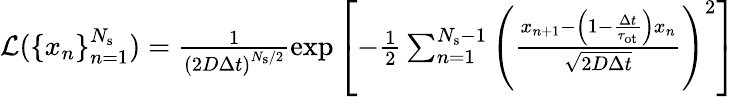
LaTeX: \begin{array}{r}{\mathcal{L}(\{ x_{n}\} _{n=1}^{N_{\mathrm{s}}})=\frac{1}{\left(2D\Delta t\right)^{N_{\mathrm{s}}/2}}\exp\left[-\frac{1}{2}\sum_{n=1}^{N_{\mathrm{s}}-1}\left(\frac{x_{n+1}-\left(1-\frac{\Delta t}{\tau_{\mathrm{ot}}}\right)x_{n}}{\sqrt{2D\Delta t}}\right)^{2}\right]}\end{array}